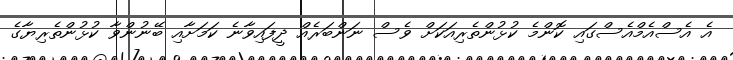
އެ އެސްއެމްއެސްގައި ކޮންމެ ކުޅުންތެރިއަކަށް ވެސް ނަންބަރެއް ދީފައިވާނެ ކަމަށާއި ބޭނުންވާ ކުޅުންތެރިޔާގެ